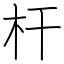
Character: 杆